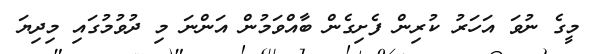
މީގެ ނުވަ އަހަރު ކުރިން ފެށިގެން ބާއްވަމުން އަންނަ މި ދުވުމުގައި މިދިޔަ